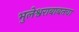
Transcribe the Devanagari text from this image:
भुलेश्वराबाबतचा